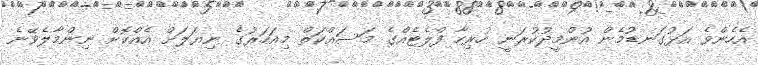
އެހެންވެ އަޅުގަނޑުމެން އުންމީދުކުރަނީ ހުރިހާ ފްލެޓެއްގެ މަސައްކަތް މިއަހަރުގެ ނިޔަލަށް އެއްކޮށް ނިންމާލެވޭނެ